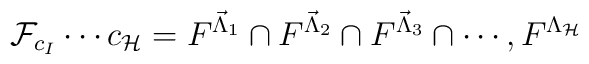
\mathcal{F}_{c_{I}}\cdots c_{\mathcal{H}} =F^{\vec{\Lambda}_{1}}\cap F^{\vec{\Lambda}_{2}}\cap F^{\vec{\Lambda}_{3}}\cap\cdots,F^{\Lambda_{\mathcal{H}}}